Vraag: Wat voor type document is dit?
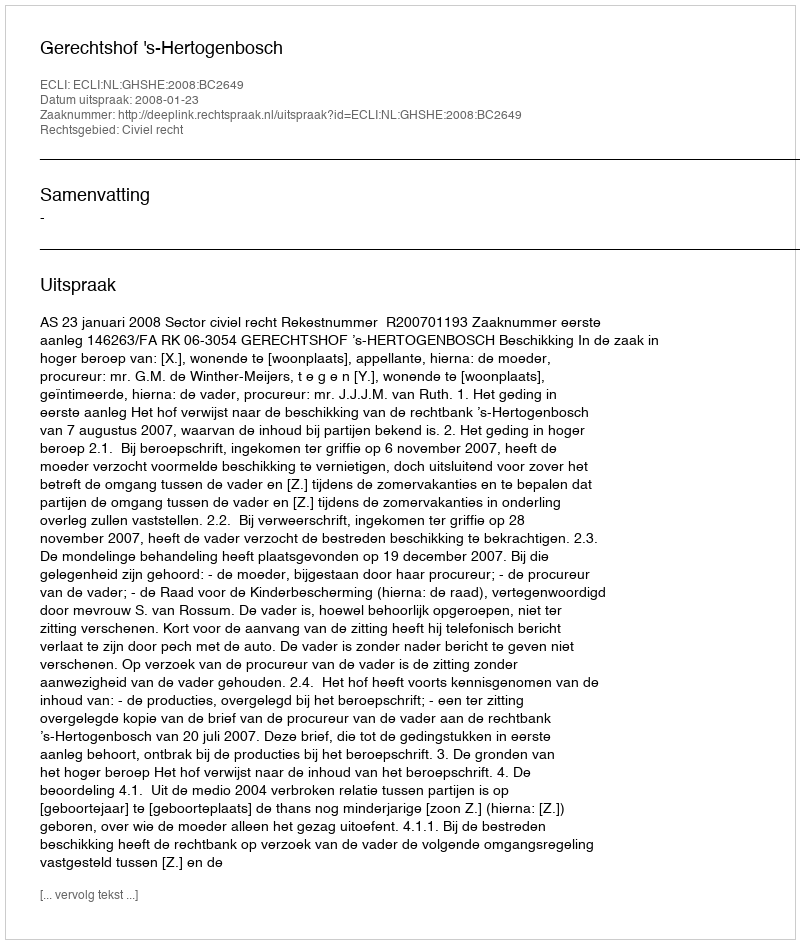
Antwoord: Uitspraak